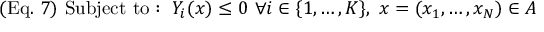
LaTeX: ( { \mathrm { E q . ~ } } 7 ) { \mathrm { ~ } } { \mathrm { S u b j e c t ~ t o : ~ } } Y _ { i } ( x ) \leq 0 { \mathrm { ~ } } \forall i \in \{ 1 , \ldots , K \} { \mathrm { } } , { \mathrm { ~ } } x = ( x _ { 1 } , \ldots , x _ { N } ) \in A